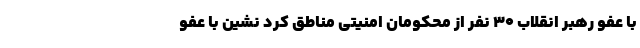
با عفو رهبر انقلاب ۳۰ نفر از محکومان امنیتی مناطق کُرد نشین با عفو